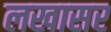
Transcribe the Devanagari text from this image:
लखासर